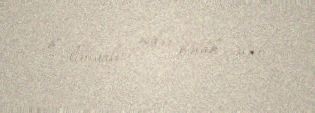
8 liviyalı əsgər həlak olub.